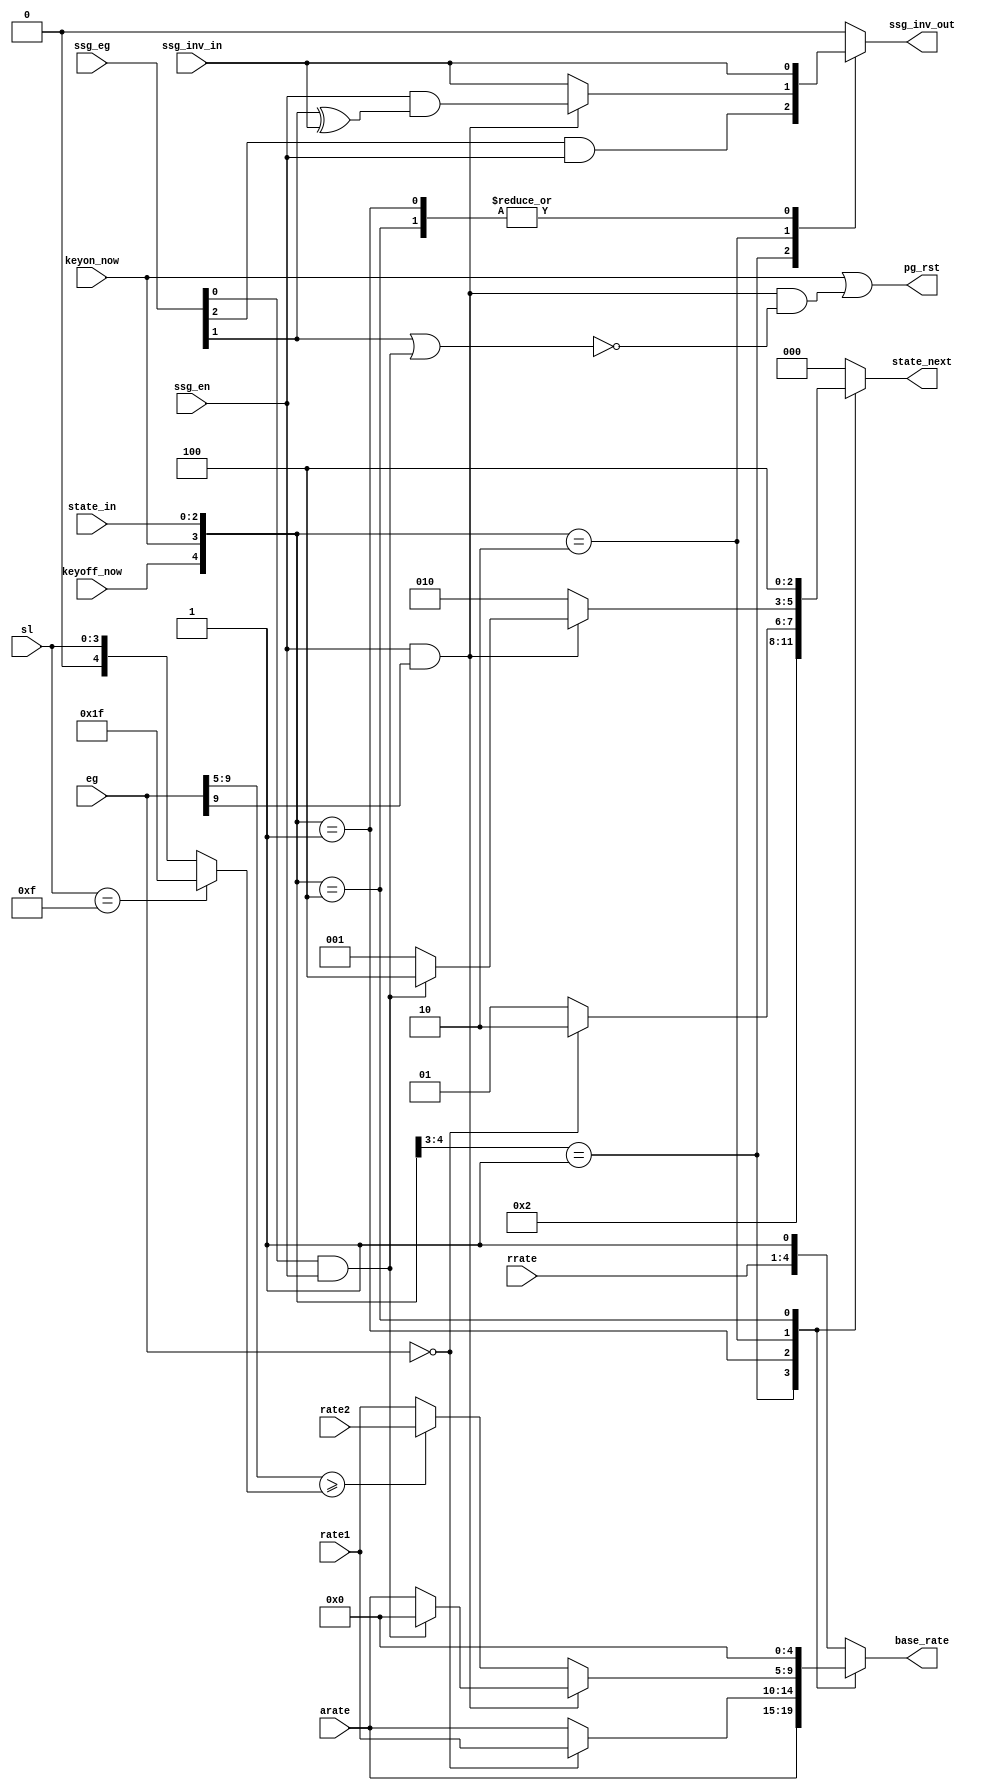
module jt12_eg_ctrl(
	input				keyon_now,
	input				keyoff_now,
	input		[2:0]	state_in,
	input		[9:0]	eg,
	input		[4:0]	arate, 
	input		[4:0]	rate1, 
	input		[4:0]	rate2, 
	input		[3:0]	rrate,
	input		[3:0]	sl,   
	input				ssg_en,
	input		[2:0]	ssg_eg,
	input				ssg_inv_in,
	output reg			ssg_inv_out,
	output reg	[4:0]	base_rate,
	output reg	[2:0]	state_next,
	output reg			pg_rst
);
localparam 	ATTACK = 3'b001,
			DECAY  = 3'b010,
			HOLD   = 3'b100,
			RELEASE= 3'b000; 
reg		[4:0]	sustain;
always @(*)
	if( sl == 4'd15 )
		sustain = 5'h1f; 
	else
		sustain = {1'b0, sl};
wire	ssg_en_out;
reg		ssg_en_in, ssg_pg_rst;
wire ssg_att  = ssg_eg[2];
wire ssg_alt  = ssg_eg[1];
wire ssg_hold = ssg_eg[0] & ssg_en;
reg ssg_over;
always @(*) begin
	ssg_over = ssg_en && eg[9]; 
	ssg_pg_rst = ssg_over && !( ssg_alt || ssg_hold );
	pg_rst = keyon_now | ssg_pg_rst;
end
always @(*)
	casez ( { keyoff_now, keyon_now, state_in} )
		5'b01_???: begin 
			base_rate	= arate;
			state_next	= ATTACK;
			ssg_inv_out	= ssg_att & ssg_en;
		end
		{2'b00, ATTACK}:
			if( eg==10'd0 ) begin
				base_rate	= rate1;
				state_next	= DECAY;
				ssg_inv_out	= ssg_inv_in;
			end
			else begin
				base_rate	= arate;
				state_next	= ATTACK;
				ssg_inv_out	= ssg_inv_in;
			end
		{2'b00, DECAY}: begin
			if( ssg_over ) begin
				base_rate	= ssg_hold ? 5'd0 : arate;
				state_next	= ssg_hold ? HOLD : ATTACK;
				ssg_inv_out	= ssg_en & (ssg_alt ^ ssg_inv_in);
			end
			else begin
				base_rate	=  eg[9:5] >= sustain ? rate2 : rate1; 
				state_next	= DECAY;
				ssg_inv_out = ssg_inv_in;
			end
		end
		{2'b00, HOLD}: begin
			base_rate	= 5'd0;
			state_next	= HOLD;
			ssg_inv_out	= ssg_inv_in;
		end
		default: begin 
			base_rate	= { rrate, 1'b1 };
			state_next	= RELEASE;	
			ssg_inv_out	= 1'b0; 
		end
	endcase
endmodule